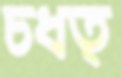
চধত্